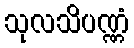
သုလသိပဏ္ဏံ